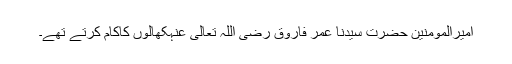
امیرالمؤمنین حضرت سیِّدُنا عمر فاروقِ رَضِیَ اللّٰہُ تَعَالٰی عَنْہکھالوں کاکام کرتے تھے۔